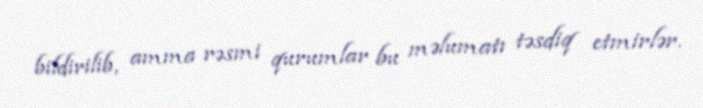
bildirilib, amma rəsmi qurumlar bu məlumatı təsdiq etmirlər.